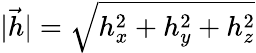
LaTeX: |{\vec{h}}|=\sqrt{h_{x}^{2}+h_{y}^{2}+h_{z}^{2}}